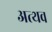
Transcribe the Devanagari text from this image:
अत्थव